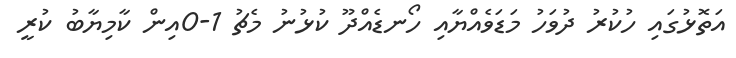
އަތޮޅުގައި ހުކުރު ދުވަހު މަޑަވެއްޔާއި ހޯނޑެއްދޫ ކުޅުނު މެޗު 1-0އިން ކާމިޔާބު ކުރީ